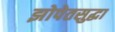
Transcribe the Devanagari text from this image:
झोपेतसुद्धा